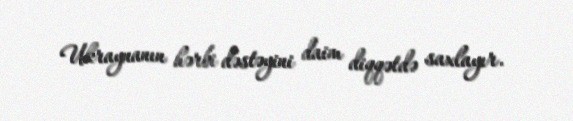
Ukraynanın hərbi dəstəyini daim diqqətdə saxlayır.